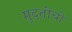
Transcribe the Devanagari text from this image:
मुदतीची